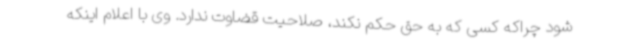
شود چراکه کسی که به حق حکم نکند، صلاحیت قضاوت ندارد. وی با اعلام اینکه